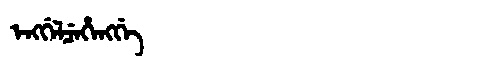
Manchu: ᡝᠩᡤᡝᠯᠴᡝᡥᡝᠩᡤᡝ
Romanization: ENGGELCEHENGGE